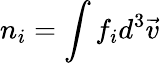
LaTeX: n_{i}=\int f_{i}d^{3}\vec{v}